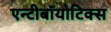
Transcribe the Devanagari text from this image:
एन्टीबॉयोटिक्स